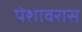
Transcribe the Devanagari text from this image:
पेशावरास